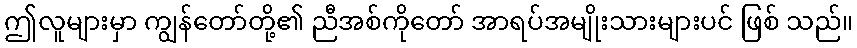
ဤလူများမှာ ကျွန်တော်တို့၏ ညီအစ်ကိုတော် အာရပ်အမျိုးသားများပင် ဖြစ် သည်။